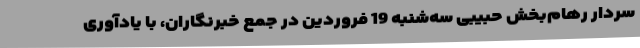
سردار رهام‌بخش حبیبی سه‌شنبه 19 فروردین در جمع خبرنگاران، با یادآوری